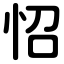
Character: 怊